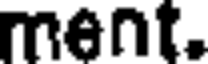
ment.